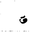
Letter: _qaf